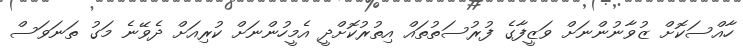
ހާއްސަކޮށް ޒުވާނުންނަށް ވަޒީފާގެ ފުރުސަތުތައް އިތުރުކޮށްދީ އެމީހުންނަށް ކުރިއަށް ދެވޭނެ މަގު ތަނަވަސް